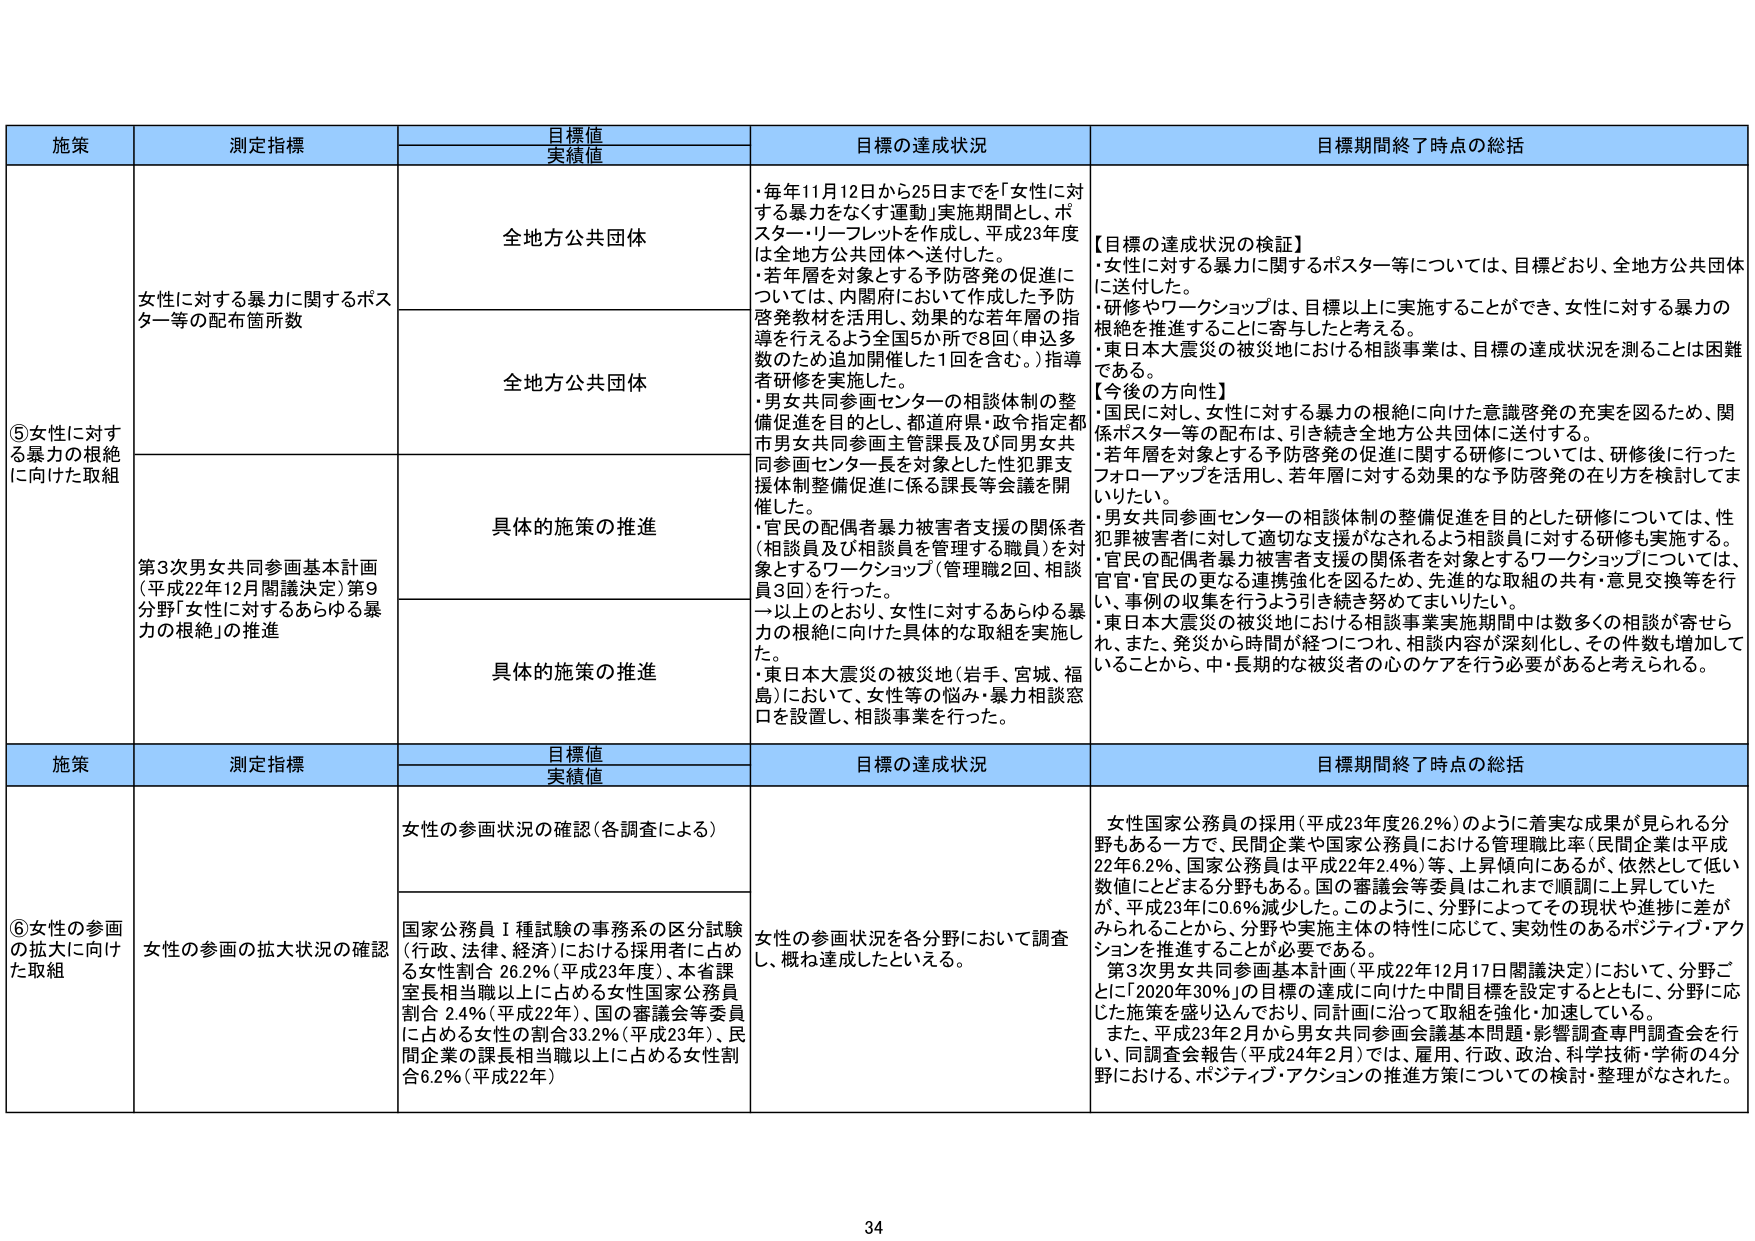
施策 測定指標 目標値 実績値 目標の達成状況 目標期間終了時点の総括
⑤女性に対する暴力の根絶に向けた取組 女性に対する暴力に関するポスター等の配布箇所数 全地方公共団体 ・毎年11月12日から25日までを「女性に対する暴力をなくす運動」実施期間とし、ポスター・リーフレットを作成し、平成23年度は全地方公共団体へ送付した。 ・若年層を対象とする予防啓発の促進については、内閣府において作成した予防啓発教材を活用し、効果的な若年層の指導を行えるよう全国5か所で8回（申込多数のため追加開催した1回を含む。）指導者研修を実施した。 ・男女共同参画センターの相談体制の整備促進を目的とし、都道府県・政令指定都市男女共同参画主管課長及び同男女共同参画センター長を対象とした性犯罪支援体制整備促進に係る課長等会議を開催した。 ・官民の配偶者暴力被害者支援の関係者（相談員及び相談員を管理する職員）を対象とするワークショップ（管理職2回、相談員3回）を行った。 一以上のとおり、女性に対するあらゆる暴力の根絶に向けた具体的な取組を実施した。 ・東日本大震災の被災地（岩手、宮城、福島）において、女性等の悩み・暴力相談窓口を設置し、相談事業を行った。 【目標の達成状況の検証】 ・女性に対する暴力に関するポスター等については、目標どおり、全地方公共団体に送付した。 ・研修やワークショップは、目標以上に実施することができ、女性に対する暴力の根絶を推進することに寄与したと考える。 ・東日本大震災の被災地における相談事業は、目標の達成状況を測ることは困難である。 【今後の方針性】 ・国民に対し、女性に対する暴力の根絶に向けた意識啓発の充実を図るため、関係ポスター等の配布は、引き続き全地方公共団体に送付する。 ・若年層を対象とする予防啓発の促進に関する研修については、研修後に行ったフォローアップを活用し、若年層に対する効果的な予防啓発の在り方を検討してまいりたい。 ・男女共同参画センターの相談体制の整備促進を目的とした研修については、性犯罪被害者に対して適切な支援がなされるよう相談員に対する研修も実施する。 ・官民の配偶者暴力被害者支援の関係者を対象とするワークショップについては、官・民の更なる連携強化を図るため、先進的な取組の共有・意見交換等を行い、事例の収集を行うよう引き続き努めてまいりたい。 ・東日本大震災の被災地における相談事業実施期間中は数多くの相談が寄せられ、また、発災から時間が経つにつれ、相談内容が深刻化し、その件数も増加していることから、中・長期的な被災者の心のケアを行う必要があると考えられる。 全地方公共団体 具体的施策の推進 第3次男女共同参画基本計画（平成22年12月閣議決定）第9分野「女性に対するあらゆる暴力の根絶」の推進 具体的施策の推進
施策 測定指標 目標値 実績値 目標の達成状況 目標期間終了時点の総括
⑥女性の参画の拡大に向けた取組 女性の参画の拡大状況の確認 女性の参画状況の確認（各調査による） 国家公務員Ⅰ種試験の事務系の区分試験（行政、法律、経済）における採用者に占める女性割合 26.2％（平成23年度）、本省課室長相当職以上に占める女性国家公務員割合 2.4％（平成22年）、国の審議会等委員に占める女性の割合33.2％（平成23年）、民間企業の課長相当職以上に占める女性割合6.2％（平成22年） 女性の参画状況を各分野において調査し、概ね達成したといえる。 女性国家公務員の採用（平成23年度26.2％）のように着実な成果が見られる分野もある一方で、民間企業や国家公務員における管理職比率（民間企業は平成22年6.2％、国家公務員は平成22年2.4％）等、上昇傾向にあるが、依然として低い数値にとどまる分野もある。国の審議会等委員はこれまで順調に上昇していたが、平成23年に0.6％減少した。このように、分野によってその現状や進捗に差がみられることから、分野や実施主体の特性に応じて、実効性のあるポジティブ・アクションを推進することが必要である。 第3次男女共同参画基本計画（平成22年12月17日閣議決定）において、分野ごとに「2020年30％」の目標の達成に向けた中間目標を設定するとともに、分野に応じた施策を盛り込んでおり、同計画に沿って取組を強化・加速している。 また、平成23年2月から男女共同参画会議基本問題・影響調査専門調査会を行い、同調査会報告（平成24年2月）では、雇用、行政、政治、科学技術・学術の4分野における、ポジティブ・アクションの推進方策についての検討・整理がなされた。
34